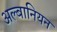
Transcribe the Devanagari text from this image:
अल्बानियन